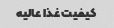
کیفیت غذا عالیه